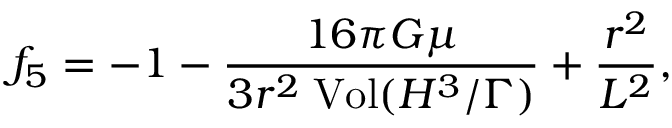
{ f _ { 5 } } = - 1 - { \frac { 1 6 \pi G \mu } { 3 r ^ { 2 } \; \mathrm { { V o l } } ( { H ^ { 3 } } / { \Gamma } ) } } + { \frac { r ^ { 2 } } { L ^ { 2 } } } ,